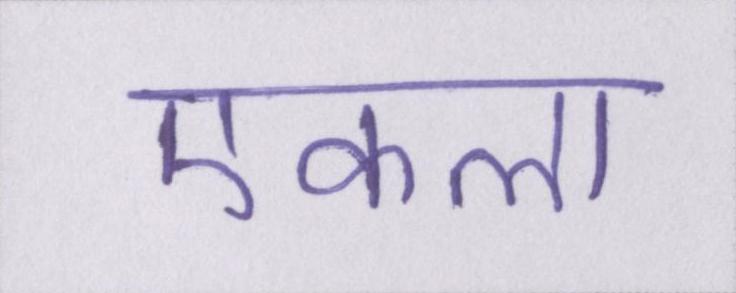
एकला